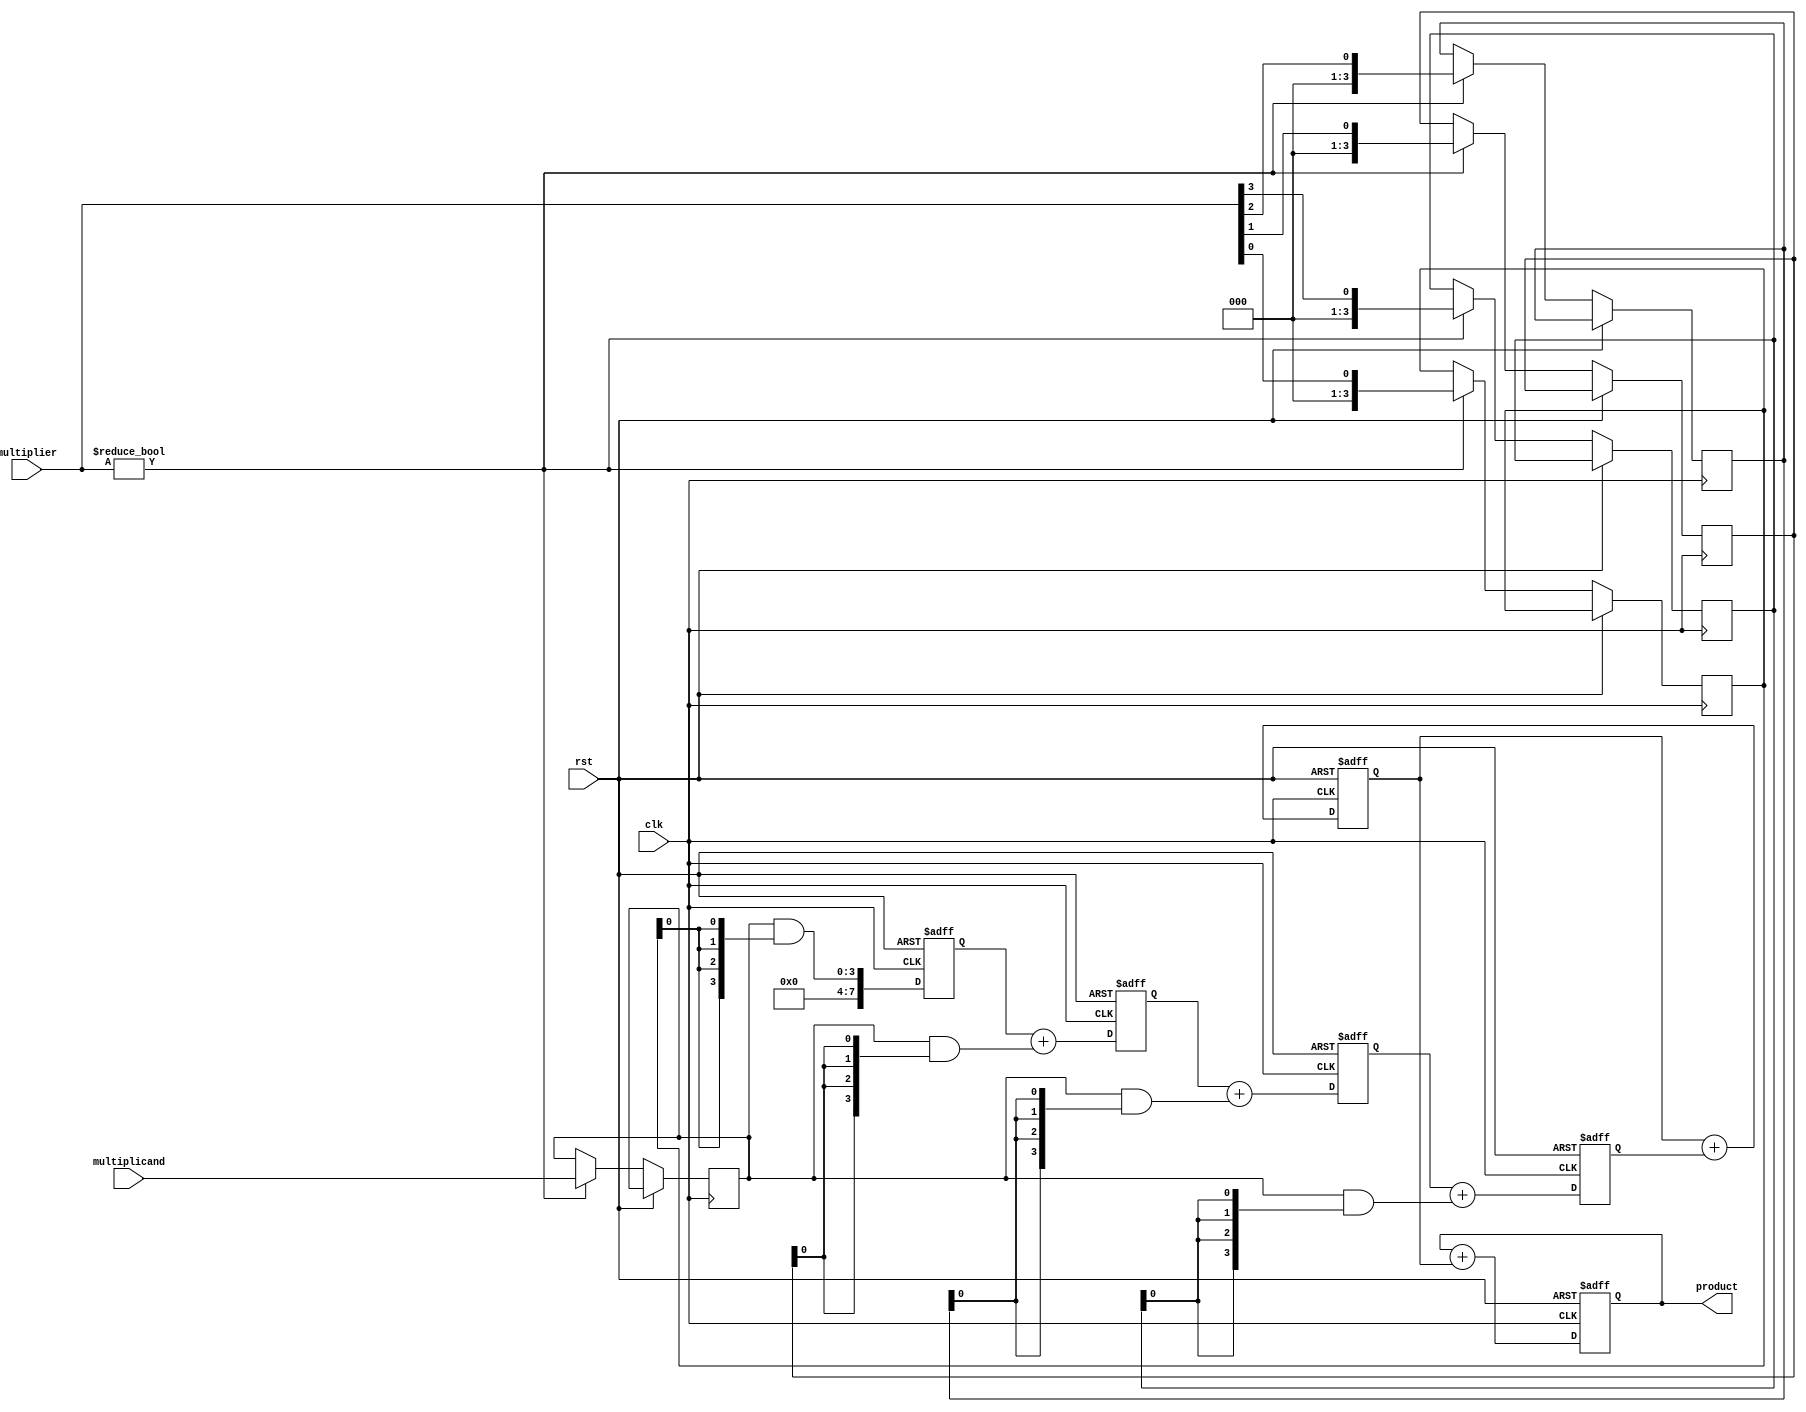
module systolic_multiplier #(
    parameter M = 4,  // Number of bits in the multiplicand
    parameter N = 4   // Number of bits in the multiplier
)(
    input clk,
    input rst,
    input [M-1:0] multiplicand,
    input [N-1:0] multiplier,
    output reg [M + N - 1:0] product
);

    reg [M-1:0] pe_multiplicand [0:N-1]; // PEs for multiplicand
    reg [N-1:0] pe_multiplier [0:M-1];    // PEs for multiplier
    reg [M + N - 1:0] pe_partial_product [0:M-1][0:N-1]; // Partial products
    reg [M + N - 1:0] pe_accumulated [0:M-1]; // Accumulated results

    integer i, j;

    // Initialize PEs
    always @(posedge clk or posedge rst) begin
        if (rst) begin
            product <= 0;
            for (i = 0; i < M; i = i + 1) begin
                pe_accumulated[i] <= 0;
                for (j = 0; j < N; j = j + 1) begin
                    pe_partial_product[i][j] <= 0;
                end
            end
        end else begin
            // Load inputs into the first row and column of PEs
            if (multiplier != 0) begin
                for (j = 0; j < N; j = j + 1) begin
                    if (j < M) begin
                        pe_multiplicand[j] <= multiplicand;
                    end
                    pe_multiplier[j] <= multiplier[j];
                end
            end

            // Systolic computation
            for (i = 0; i < M; i = i + 1) begin
                for (j = 0; j < N; j = j + 1) begin
                    if (j == 0) begin
                        // First column: compute partial product
                        pe_partial_product[i][j] <= pe_multiplicand[i] & {M{pe_multiplier[j][0]}};
                    end else begin
                        // Shift and accumulate
                        pe_partial_product[i][j] <= pe_partial_product[i][j-1] + (pe_multiplicand[i] & {M{pe_multiplier[j][0]}});
                    end
                end
            end

            // Accumulate results from the last column
            for (i = 0; i < M; i = i + 1) begin
                pe_accumulated[i] <= 0;
                for (j = 0; j < N; j = j + 1) begin
                    pe_accumulated[i] <= pe_accumulated[i] + pe_partial_product[i][j];
                end
            end

            // Final product accumulation
            product <= 0;
            for (i = 0; i < M; i = i + 1) begin
                product <= product + pe_accumulated[i];
            end
        end
    end
endmodule